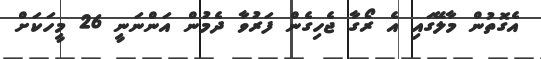
އެގޮތުން މާލޭގައި އެ ރޯގާ ޖެހިގެން ފަރުވާ ދެމުން އަންނަނީ 26 މީހަކަށް